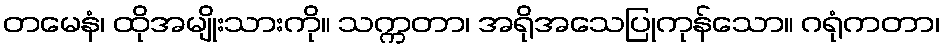
တမေနံ၊ ထိုအမျိုးသားကို။ သက္ကတာ၊ အရိုအသေပြုကုန်သော။ ဂရုံကတာ၊